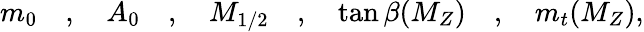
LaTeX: m_{0}\quad,\quad A_{0}\quad,\quad M_{1/2}\quad,\quad\tan\beta(M_{Z})\quad,\quad m_{t}(M_{Z}),